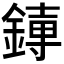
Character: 𫟱